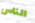
الناس